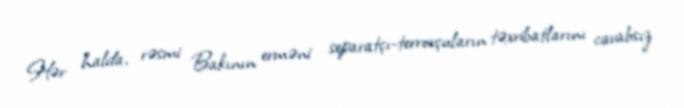
Hər halda, rəsmi Bakının erməni separatçı-terrorçuların təxribatlarını cavabsız